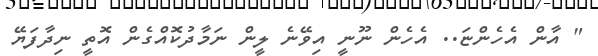
" އާން އެހެންޏަ.. އެހެން ނޫނީ އިވޭނެ ލީން ނަމާދުކޮއްގެން އޮތީ ނިދާފަޔޭ